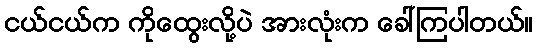
ငယ်ငယ်က ကိုထွေးလို့ပဲ အားလုံးက ခေါ်ကြပါတယ်။